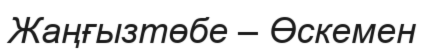
Жаңғызтөбе – Өскемен